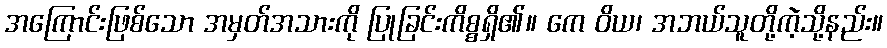
အကြောင်းဖြစ်သော အမှတ်အသားကို ပြုခြင်းကိစ္စရှိ၏။ ကေ ဝိယ၊ အဘယ်သူတို့ကဲ့သို့နည်း။